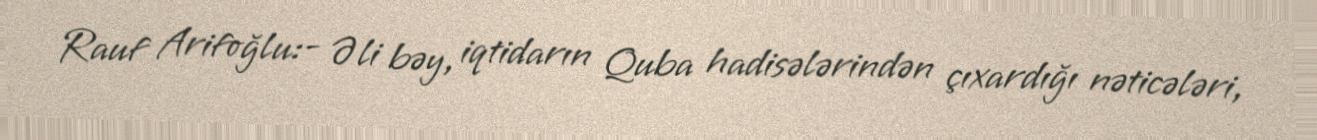
Rauf Arifoğlu:- Əli bəy, iqtidarın Quba hadisələrindən çıxardığı nəticələri,